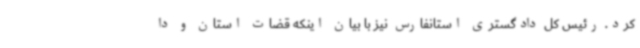
کرد. رئیس کل دادگستری استانفارس نیز با بیان اینکه قضات استان و دا